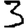
Digit: 3